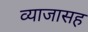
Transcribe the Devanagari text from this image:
व्याजासह